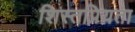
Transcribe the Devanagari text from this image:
शिस्तप्रियता